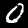
Digit: 0